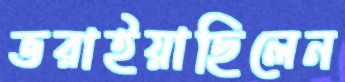
ভরাইয়াছিলেন